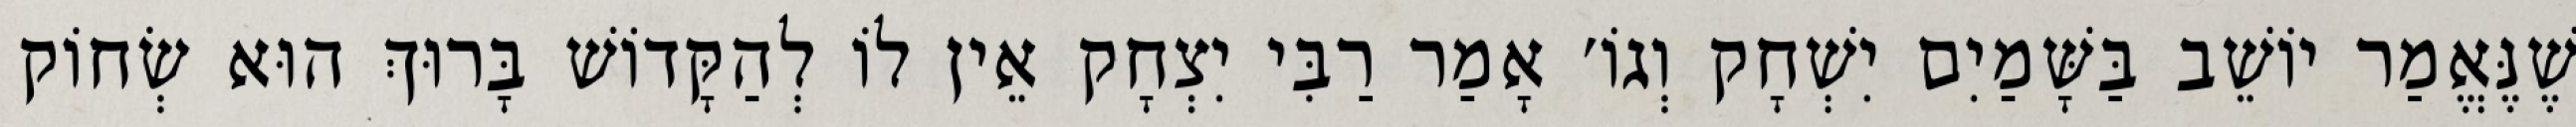
שֶׁנֶּאֱמַר יוֹשֵׁב בַּשָּׁמַיִם יִשְׁחָק וְגוֹ׳ אָמַר רַבִּי יִצְחָק אֵין לוֹ לְהַקָּדוֹשׁ בָּרוּךְ הוּא שְׂחוֹק